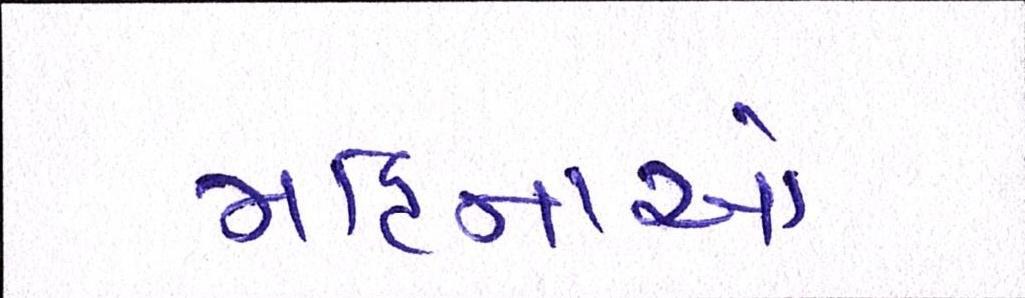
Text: મહિનાઓ